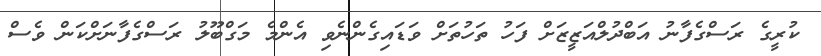
ކުރީގެ ރަސްގެފާނު އަބްދުލްއަޒީޒަށް ފަހު ތަހުތަށް ވަޑައިގެންނެވި އެންމެ މަގްބޫލު ރަސްގެފާނަށްކަން ވެސް